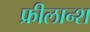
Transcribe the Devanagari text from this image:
फ्रीलान्श